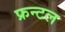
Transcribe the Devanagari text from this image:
फ्रन्‍टल